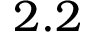
2 . 2